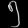
Digit: ၅